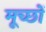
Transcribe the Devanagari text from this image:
मूच्छों